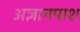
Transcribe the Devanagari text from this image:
अज्ञानपाश